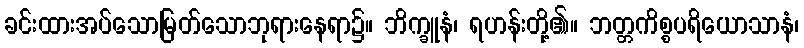
ခင်းထားအပ်သောမြတ်သောဘုရားနေရာ၌။ ဘိက္ခူနံ၊ ရဟန်းတို့၏။ ဘတ္တကိစ္စပရိယောသာနံ၊